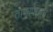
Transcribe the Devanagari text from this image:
ताणापासून